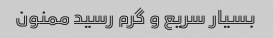
بسیار سریع و گرم رسید ممنون